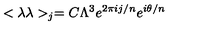
< \lambda \lambda > _ { j } = C \Lambda ^ { 3 } e ^ { 2 \pi i j / n } e ^ { i \theta / n }